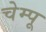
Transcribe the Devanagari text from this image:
चेम्पू